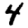
Digit: 4